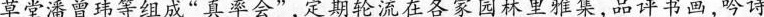
草堂潘曾玮等组成“真率会”定期轮流在各家园林里雅集，品评书画，吟诗